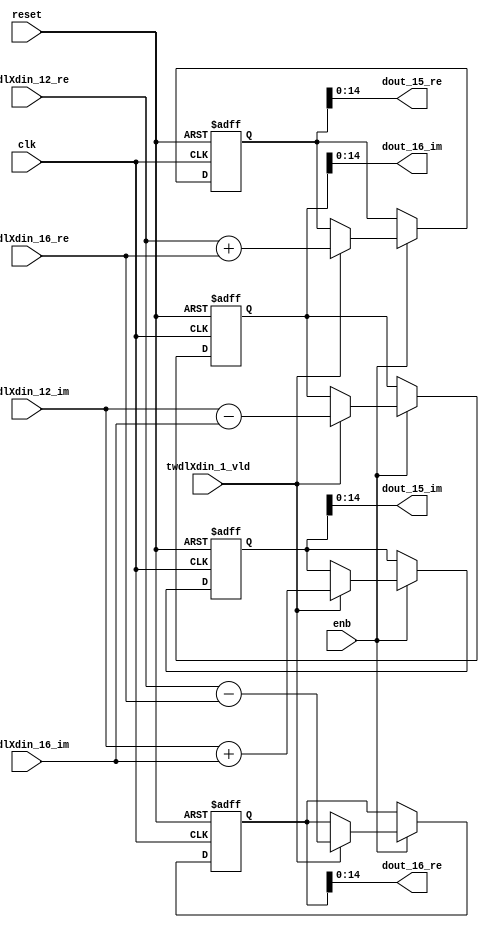
// -------------------------------------------------------------
// 
// 
// Generated by MATLAB 9.14 and HDL Coder 4.1
// 
// -------------------------------------------------------------


// -------------------------------------------------------------
// 
// Module: RADIX22FFT_SDNF1_3_block6
// Source Path: RSP/RSP/Velocity Processor/Doppler Processing/Doppler Processor/FFT/RADIX22FFT_SDNF1_3
// Hierarchy Level: 5
// 
// -------------------------------------------------------------

`timescale 1 ns / 1 ns

module RADIX22FFT_SDNF1_3_block6
          (clk,
           reset,
           enb,
           twdlXdin_12_re,
           twdlXdin_12_im,
           twdlXdin_16_re,
           twdlXdin_16_im,
           twdlXdin_1_vld,
           dout_15_re,
           dout_15_im,
           dout_16_re,
           dout_16_im);


  input   clk;
  input   reset;
  input   enb;
  input   signed [14:0] twdlXdin_12_re;  // sfix15_En10
  input   signed [14:0] twdlXdin_12_im;  // sfix15_En10
  input   signed [14:0] twdlXdin_16_re;  // sfix15_En10
  input   signed [14:0] twdlXdin_16_im;  // sfix15_En10
  input   twdlXdin_1_vld;
  output  signed [14:0] dout_15_re;  // sfix15_En10
  output  signed [14:0] dout_15_im;  // sfix15_En10
  output  signed [14:0] dout_16_re;  // sfix15_En10
  output  signed [14:0] dout_16_im;  // sfix15_En10


  reg signed [15:0] Radix22ButterflyG1_NF_btf1_re_reg;  // sfix16
  reg signed [15:0] Radix22ButterflyG1_NF_btf1_im_reg;  // sfix16
  reg signed [15:0] Radix22ButterflyG1_NF_btf2_re_reg;  // sfix16
  reg signed [15:0] Radix22ButterflyG1_NF_btf2_im_reg;  // sfix16
  reg  Radix22ButterflyG1_NF_dinXtwdl_vld_dly1;
  reg signed [15:0] Radix22ButterflyG1_NF_btf1_re_reg_next;  // sfix16_En10
  reg signed [15:0] Radix22ButterflyG1_NF_btf1_im_reg_next;  // sfix16_En10
  reg signed [15:0] Radix22ButterflyG1_NF_btf2_re_reg_next;  // sfix16_En10
  reg signed [15:0] Radix22ButterflyG1_NF_btf2_im_reg_next;  // sfix16_En10
  reg  Radix22ButterflyG1_NF_dinXtwdl_vld_dly1_next;
  reg signed [14:0] dout_15_re_1;  // sfix15_En10
  reg signed [14:0] dout_15_im_1;  // sfix15_En10
  reg signed [14:0] dout_16_re_1;  // sfix15_En10
  reg signed [14:0] dout_16_im_1;  // sfix15_En10
  reg  dout_15_vld;
  reg signed [15:0] Radix22ButterflyG1_NF_add_cast;  // sfix16_En10
  reg signed [15:0] Radix22ButterflyG1_NF_add_cast_0;  // sfix16_En10
  reg signed [15:0] Radix22ButterflyG1_NF_sub_cast;  // sfix16_En10
  reg signed [15:0] Radix22ButterflyG1_NF_sub_cast_0;  // sfix16_En10
  reg signed [15:0] Radix22ButterflyG1_NF_add_cast_1;  // sfix16_En10
  reg signed [15:0] Radix22ButterflyG1_NF_add_cast_2;  // sfix16_En10
  reg signed [15:0] Radix22ButterflyG1_NF_sub_cast_1;  // sfix16_En10
  reg signed [15:0] Radix22ButterflyG1_NF_sub_cast_2;  // sfix16_En10


  // Radix22ButterflyG1_NF
  always @(posedge clk or posedge reset)
    begin : Radix22ButterflyG1_NF_process
      if (reset == 1'b1) begin
        Radix22ButterflyG1_NF_btf1_re_reg <= 16'sb0000000000000000;
        Radix22ButterflyG1_NF_btf1_im_reg <= 16'sb0000000000000000;
        Radix22ButterflyG1_NF_btf2_re_reg <= 16'sb0000000000000000;
        Radix22ButterflyG1_NF_btf2_im_reg <= 16'sb0000000000000000;
        Radix22ButterflyG1_NF_dinXtwdl_vld_dly1 <= 1'b0;
      end
      else begin
        if (enb) begin
          Radix22ButterflyG1_NF_btf1_re_reg <= Radix22ButterflyG1_NF_btf1_re_reg_next;
          Radix22ButterflyG1_NF_btf1_im_reg <= Radix22ButterflyG1_NF_btf1_im_reg_next;
          Radix22ButterflyG1_NF_btf2_re_reg <= Radix22ButterflyG1_NF_btf2_re_reg_next;
          Radix22ButterflyG1_NF_btf2_im_reg <= Radix22ButterflyG1_NF_btf2_im_reg_next;
          Radix22ButterflyG1_NF_dinXtwdl_vld_dly1 <= Radix22ButterflyG1_NF_dinXtwdl_vld_dly1_next;
        end
      end
    end

  always @(Radix22ButterflyG1_NF_btf1_im_reg, Radix22ButterflyG1_NF_btf1_re_reg,
       Radix22ButterflyG1_NF_btf2_im_reg, Radix22ButterflyG1_NF_btf2_re_reg,
       Radix22ButterflyG1_NF_dinXtwdl_vld_dly1, twdlXdin_12_im, twdlXdin_12_re,
       twdlXdin_16_im, twdlXdin_16_re, twdlXdin_1_vld) begin
    Radix22ButterflyG1_NF_add_cast = 16'sb0000000000000000;
    Radix22ButterflyG1_NF_add_cast_0 = 16'sb0000000000000000;
    Radix22ButterflyG1_NF_sub_cast = 16'sb0000000000000000;
    Radix22ButterflyG1_NF_sub_cast_0 = 16'sb0000000000000000;
    Radix22ButterflyG1_NF_add_cast_1 = 16'sb0000000000000000;
    Radix22ButterflyG1_NF_add_cast_2 = 16'sb0000000000000000;
    Radix22ButterflyG1_NF_sub_cast_1 = 16'sb0000000000000000;
    Radix22ButterflyG1_NF_sub_cast_2 = 16'sb0000000000000000;
    Radix22ButterflyG1_NF_btf1_re_reg_next = Radix22ButterflyG1_NF_btf1_re_reg;
    Radix22ButterflyG1_NF_btf1_im_reg_next = Radix22ButterflyG1_NF_btf1_im_reg;
    Radix22ButterflyG1_NF_btf2_re_reg_next = Radix22ButterflyG1_NF_btf2_re_reg;
    Radix22ButterflyG1_NF_btf2_im_reg_next = Radix22ButterflyG1_NF_btf2_im_reg;
    Radix22ButterflyG1_NF_dinXtwdl_vld_dly1_next = twdlXdin_1_vld;
    if (twdlXdin_1_vld) begin
      Radix22ButterflyG1_NF_add_cast = {twdlXdin_12_re[14], twdlXdin_12_re};
      Radix22ButterflyG1_NF_add_cast_0 = {twdlXdin_16_re[14], twdlXdin_16_re};
      Radix22ButterflyG1_NF_btf1_re_reg_next = Radix22ButterflyG1_NF_add_cast + Radix22ButterflyG1_NF_add_cast_0;
      Radix22ButterflyG1_NF_sub_cast = {twdlXdin_12_re[14], twdlXdin_12_re};
      Radix22ButterflyG1_NF_sub_cast_0 = {twdlXdin_16_re[14], twdlXdin_16_re};
      Radix22ButterflyG1_NF_btf2_re_reg_next = Radix22ButterflyG1_NF_sub_cast - Radix22ButterflyG1_NF_sub_cast_0;
      Radix22ButterflyG1_NF_add_cast_1 = {twdlXdin_12_im[14], twdlXdin_12_im};
      Radix22ButterflyG1_NF_add_cast_2 = {twdlXdin_16_im[14], twdlXdin_16_im};
      Radix22ButterflyG1_NF_btf1_im_reg_next = Radix22ButterflyG1_NF_add_cast_1 + Radix22ButterflyG1_NF_add_cast_2;
      Radix22ButterflyG1_NF_sub_cast_1 = {twdlXdin_12_im[14], twdlXdin_12_im};
      Radix22ButterflyG1_NF_sub_cast_2 = {twdlXdin_16_im[14], twdlXdin_16_im};
      Radix22ButterflyG1_NF_btf2_im_reg_next = Radix22ButterflyG1_NF_sub_cast_1 - Radix22ButterflyG1_NF_sub_cast_2;
    end
    dout_15_re_1 = Radix22ButterflyG1_NF_btf1_re_reg[14:0];
    dout_15_im_1 = Radix22ButterflyG1_NF_btf1_im_reg[14:0];
    dout_16_re_1 = Radix22ButterflyG1_NF_btf2_re_reg[14:0];
    dout_16_im_1 = Radix22ButterflyG1_NF_btf2_im_reg[14:0];
    dout_15_vld = Radix22ButterflyG1_NF_dinXtwdl_vld_dly1;
  end



  assign dout_15_re = dout_15_re_1;

  assign dout_15_im = dout_15_im_1;

  assign dout_16_re = dout_16_re_1;

  assign dout_16_im = dout_16_im_1;

endmodule  // RADIX22FFT_SDNF1_3_block6